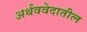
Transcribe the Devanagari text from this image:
अर्थववेदातील